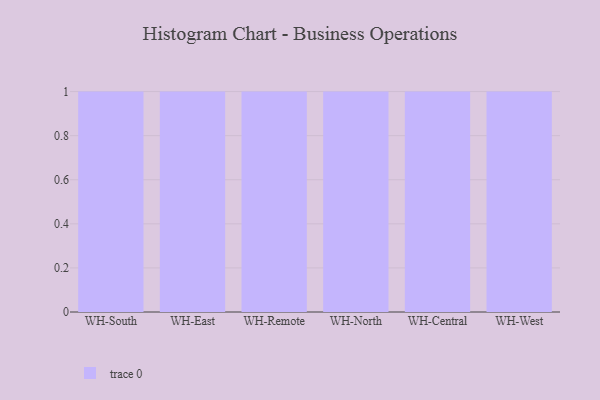
{"axis": {"x": "Warehouse", "y": "Humidity (%)"}, "legend": [""], "data": [{"x": "WH-South", "y": 10, "type": ""}, {"x": "WH-East", "y": 29, "type": ""}, {"x": "WH-Remote", "y": 18, "type": ""}, {"x": "WH-North", "y": 43, "type": ""}, {"x": "WH-Central", "y": 70, "type": ""}, {"x": "WH-West", "y": 87, "type": ""}]}